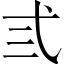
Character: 弎